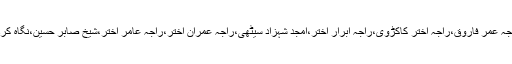
اجلاس میں خالد محمودمغل،راجہ اختر محمود،مرزا جمیل احمد شاہد،چوہدری ظفر اقبال بھلوٹ،راجہ عمر فاروق،راجہ اختر کاکڑوی،راجہ ابرار اختر،امجد شہزاد سیٹھی،راجہ عمران اختر،راجہ عامر اختر،شیخ صابر حسین،نگاہ کرم نقوی،ظہیر عباسی،شاہد اقبال،بلال احمد،مرتضیٰ عطاری،شبیر چوہدری ودیگر نے شرکت کی ۔